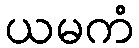
ယမကံ